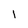
Character: l